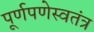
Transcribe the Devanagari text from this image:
पूर्णपणेस्वतंत्र